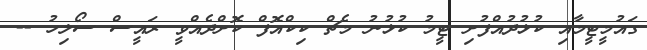
ގައުމީޓީމާއި ކުޅުދުއްފުށި ޓީމު ކުޅުނު މެޗް ކިކްއޮފް ކޮށްދެއްވީ ރައީސް ސޯލިހު --